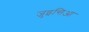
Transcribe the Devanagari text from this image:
जुइन्तिआ